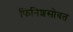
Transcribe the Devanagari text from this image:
फिनिशसोबत